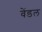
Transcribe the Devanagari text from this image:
वेंडल